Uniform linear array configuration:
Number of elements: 4
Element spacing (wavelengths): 0.75
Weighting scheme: uniform
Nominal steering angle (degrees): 45
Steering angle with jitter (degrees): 46.949
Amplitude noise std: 0.05
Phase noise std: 0.05

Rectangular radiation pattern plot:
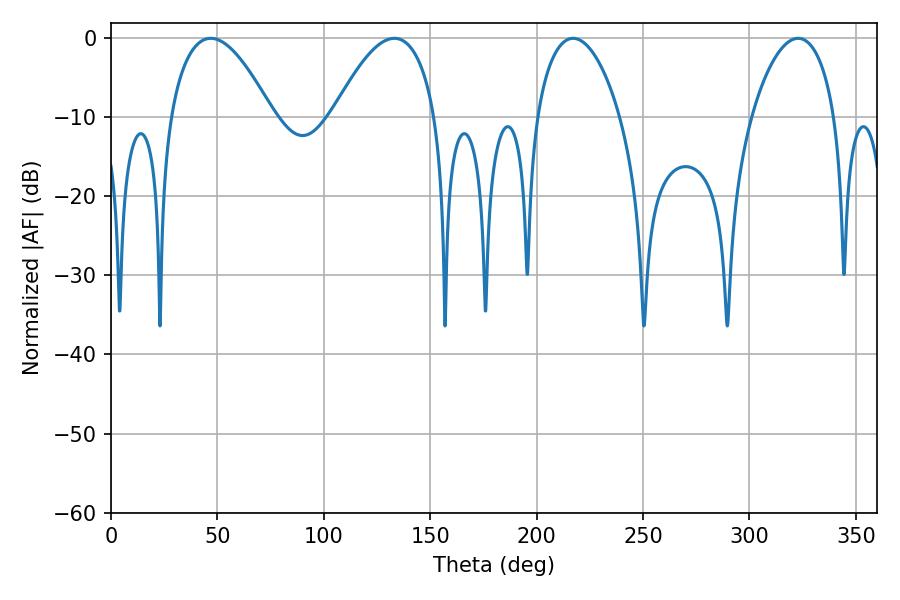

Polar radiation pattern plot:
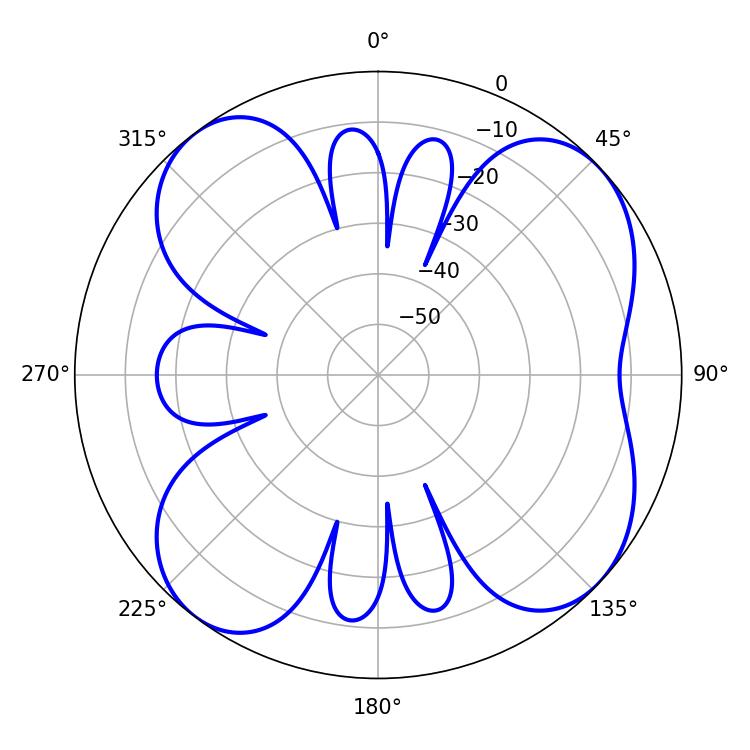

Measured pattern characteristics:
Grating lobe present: TRUE
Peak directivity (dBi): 8.874
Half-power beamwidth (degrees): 22.32
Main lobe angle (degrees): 217.08